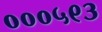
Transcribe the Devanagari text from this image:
०००५९३